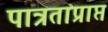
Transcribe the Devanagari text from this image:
पात्रताप्राप्त